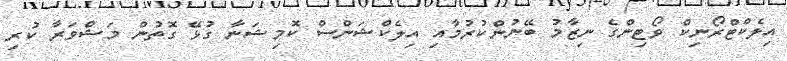
އިލެކްޓްރޯނިކް ވޯޓިންގެ ނިޒާމު ބޭނުންކުރުމާއި އިލެކްޝަންސް ކޮމިޝަނާ ގުޅޭ ގޮތުން މަޝްވަރާ ކުރި